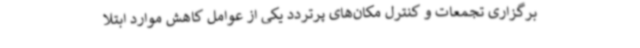
برگزاری تجمعات و کنترل مکان‌های پرتردد یکی از عوامل کاهش موارد ابتلا